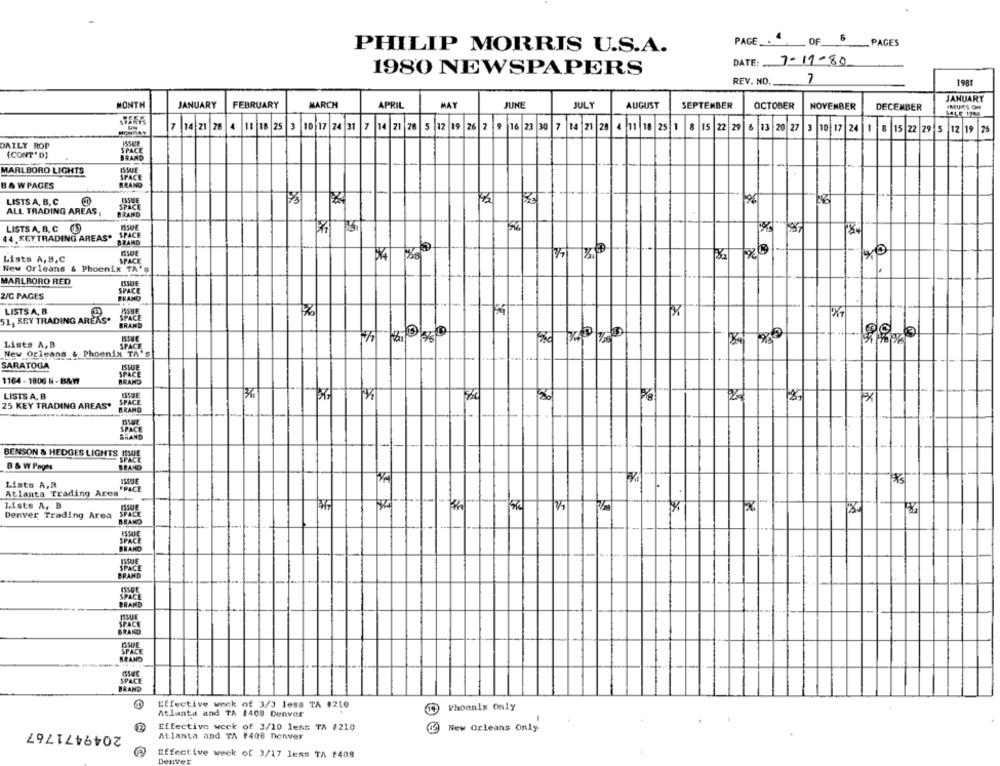
PAGE _.
OF
_PAGES
PHILIP MORRIS U.S.A.
DATE: 7-11-80
1980 NEWSPAPERS
REV. NO.
7
1981
JANUARY
MONTH
JANUARY
FEBRUARY
MARCH
APRIL
MAY
JUNE
JULY
AUGUST
SEPTEMBER
OCTOBER
NOVEMBER
DECEMBER
IMUSS ON
7 14 21 28 4 18 18 25 3 10 17 24 31 7 14 21 28 5 12 19 26 2 9 16 23 30 7 14 21 28 4 11 18 25 1 8 15 22 29 6 13 20 27
3
10 17 24 1 8 15 22 29
12 19 26
DAILY ROP
(CONT'D)
SPACE
BRAND
ISWUE
MARLBORO LIGHTS
SPACE
B & WPAGES
BRAND
LISTS A, B, C
SPACE
ALL TRADING AREAS
BRAND
LISTS A, B, C 15
44. KEYTRADING AREAS'
SPACE
BRAND
Lists A, B,C
SPACE
New Orleans & Phoenix TA's
MARLBORO RED
SPACE
2/C PAGES
SKAND
LISTS A, B
POUE
DE
1 X
51, KEY TRADING ARERS.
BRAND
SPACE
Lists A, B
New Orleans & Phoenix TA'S
SPACE
SARATOGA
ISSUE
SPACE
1164 - 1806 N - B&W7
BRAND
LISTS A, B
3h
150
PX
25 KEY TRADING AREAS'
SPACE
BRAND
1-
SPACE
BRAND
--
BENSON & HEDGES LIGHTS ISWUJE
SPACE
B & W Pages
BRAND
Listo A,R
FPACE
Atlanta Trading Area
Lists A, B
Denver Trading Area
SPACE
BRAND
ISSUE
SPACE
BRAN
SPACE
BRAND
Effective week of 3/3 less TA 1210
Phoenix Only
Atlanta and TA 1408 Denver
2049471767
Effective weck of 3/10 less TA #210
New Orleans Only
Atlanta and TA #408 Denver
Denver
Effective week of 3/17 less TA f408